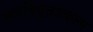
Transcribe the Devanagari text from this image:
जलविद्युतप्रकल्प